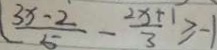
\frac { 3 x - 2 } { 5 } - \frac { 2 x + 1 } { 3 } \geq - 1